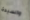
والسيدة